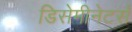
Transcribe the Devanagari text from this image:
डिसेमीनेटर्स